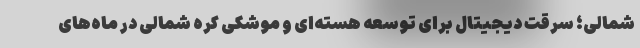
شمالی؛ سرقت دیجیتال برای توسعه هسته‌ای و موشکی کره شمالی در ماه‌های